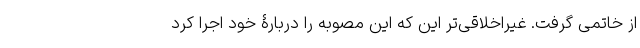
از خاتمی گرفت. غیر‌اخلاقی‌تر این که این مصوبه را دربارۀ خود اجرا کرد